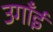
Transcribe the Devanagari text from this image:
उगाँईं